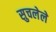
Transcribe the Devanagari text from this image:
सुचलेले